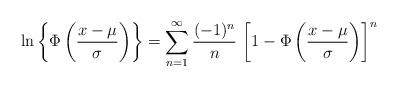
LaTeX: \begin{align*}&\ln\left\{\Phi\left( \frac{x-\mu}{\sigma}\right)\right\}=\sum_{n=1}^{\infty}\frac{(-1)^n}{n}\,\left[1-\Phi\left( \frac{x-\mu}{\sigma}\right)\right]^n\end{align*}